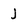
Character: j